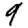
Digit: 9